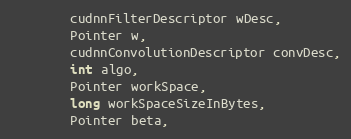
Language: Java
        cudnnFilterDescriptor wDesc,
        Pointer w,
        cudnnConvolutionDescriptor convDesc,
        int algo,
        Pointer workSpace,
        long workSpaceSizeInBytes,
        Pointer beta,